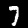
Label: 7